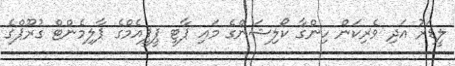
ލީޑަރު އަދި ވެރިކަން ހިންގާ ކޯލިޝަންގެ މައި ޕާޓީ ޕީޕީއެމްގެ ޕާލިމެންޓް ގުރޫޕްގެ